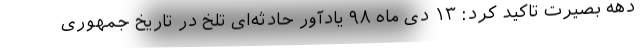
دهه بصیرت تاکید کرد: ۱۳ دی ماه ۹۸ یادآور حادثه‌ای تلخ در تاریخ جمهوری